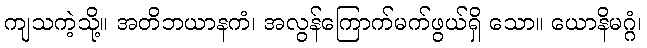
ကျသကဲ့သို့။ အတိဘယာနကံ၊ အလွန်ကြောက်မက်ဖွယ်ရှိ သော။ ယောနိမဂ္ဂံ၊